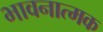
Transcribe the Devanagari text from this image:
भावनात्मक